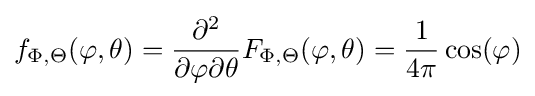
f_{\Phi ,\Theta }(\varphi ,\theta )={\frac {\partial ^{2}}{\partial \varphi \partial \theta }}F_{\Phi ,\Theta }(\varphi ,\theta )={\frac {1}{4\pi }}\cos(\varphi )